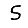
Digit: 5